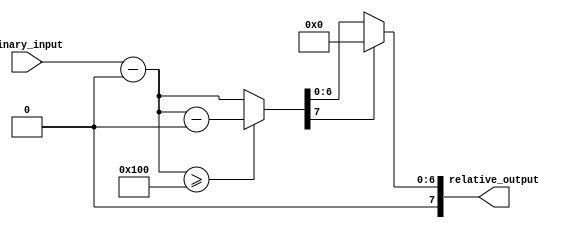
module RelativeEncoder #(
    parameter N = 8, // Number of bits for the binary input
    parameter M = 8  // Number of bits for the relative output
)(
    input  [N-1:0] binary_input, // N-bit binary input representing the current position
    output [M-1:0] relative_output // M-bit relative output
);

    // Define the reference point (can be adjusted as needed)
    localparam [N-1:0] REFERENCE_POINT = 8'd0; // Example reference point

    // Calculate the relative position
    wire [N-1:0] relative_position;
    assign relative_position = binary_input - REFERENCE_POINT;

    // Handle wrap-around conditions
    wire [N-1:0] wrapped_position;
    assign wrapped_position = (relative_position >= (1 << N)) ? (relative_position - (1 << N)) : relative_position;

    // Output encoding (direct binary representation)
    // Ensure output is within M bits
    assign relative_output = (wrapped_position[N-1:M-1] == 0) ? wrapped_position[M-1:0] : {M{1'b0}}; // Zero if overflow

endmodule